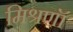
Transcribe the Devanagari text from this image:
मिश्रणॉं